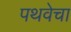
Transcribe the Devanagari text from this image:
पथवेचा